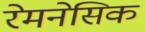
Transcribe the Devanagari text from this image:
रेमनेसिक